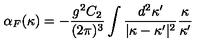
\alpha _ { F } ( \kappa ) = - \frac { g ^ { 2 } C _ { 2 } } { ( 2 \pi ) ^ { 3 } } \int \frac { d ^ { 2 } \kappa ^ { \prime } } { \vert \kappa - \kappa ^ { \prime } \vert ^ { 2 } } \frac { \kappa } { \kappa ^ { \prime } }